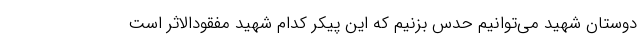
دوستان شهید می‌توانیم حدس بزنیم که این پیکر کدام شهید مفقودالاثر است